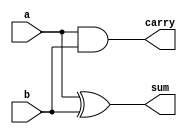
module halfAdder (a, b, sum, carry);
input a, b;
output sum, carry;
xor ff(sum, a, b);
and ss(carry, a, b);
endmodule